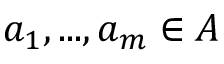
\textstyle { a _ { 1 } , . . . , a _ { m } } \in A